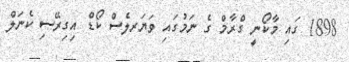
1898 ގައި މާކޯނީ ގްރާމް ގެ ނަމުގައި ވަޔަރލެސް ކޯޑް އިގިރޭސި ކެނަލް